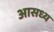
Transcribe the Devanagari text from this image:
आसध्य